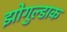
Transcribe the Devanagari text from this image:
झोगुल्डाक